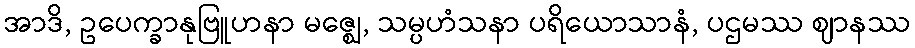
အာဒိ, ဥပေက္ခာနုဗြူဟနာ မဇ္ဈေ, သမ္ပဟံသနာ ပရိယောသာနံ, ပဌမဿ ဈာနဿ